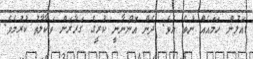
އަލުން ހަމައެއް ނުވެ އެވެ. ދެން އޮންނާނީ ކުރީގެ ގަރާރަށް ވަކާލާތު ކުރުމެވެ.